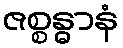
ဇစ္စန္ဓာနံ